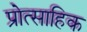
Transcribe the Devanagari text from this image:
प्रोत्साहिक